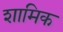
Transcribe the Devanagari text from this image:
शामिक